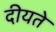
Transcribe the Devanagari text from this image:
दीयते